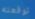
توقعته